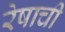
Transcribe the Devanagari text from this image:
रेषाची